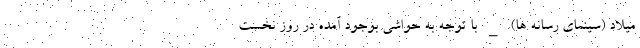
میلاد (سینمای رسانه ها) _ با توجه به حواشی بوجود آمده در روز نخست